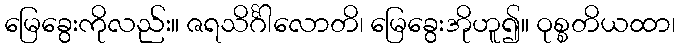
မြေခွေးကိုလည်း။ ဇရသိင်္ဂါလောတိ၊ မြေခွေးအိုဟူ၍။ ဝုစ္စတိယထာ၊